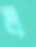
ল